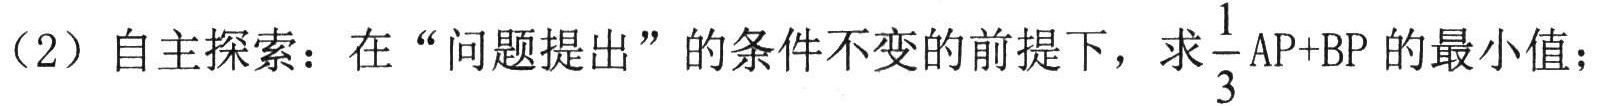
（2）自主探索：在“问题提出”的条件不变的前提下，求$\frac{1}{3}\text{AP}+\text{BP}$的最小值；